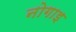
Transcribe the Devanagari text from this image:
नोगाइ